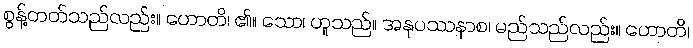
စွန့်တတ်သည်လည်း။ ဟောတိ၊ ၏။ သော၊ ဟူသည်။ အနုပဿနာစ၊ မည်သည်လည်း။ ဟောတိ၊